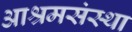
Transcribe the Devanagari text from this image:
आश्रमसंस्था